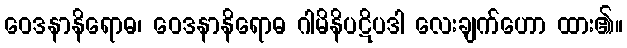
ဝေဒနာနိရောဓ၊ ဝေဒနာနိရောဓ ဂါမိနိပဋိပဒါ လေးချက်ဟော ထား၏။